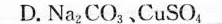
D.Na_(2)CO_(3).CuSO_(4)